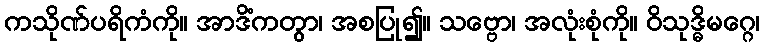
ကသိုဏ်ပရိကံကို။ အာဒိံကတွာ၊ အစပြု၍။ သဗ္ဗော၊ အလုံးစုံကို။ ဝိသုဒ္ဓိမဂ္ဂေ၊